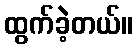
ထွက်ခဲ့တယ်။